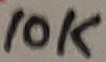
Text: 10K